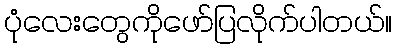
ပုံလေးတွေကိုဖော်ပြလိုက်ပါတယ်။